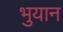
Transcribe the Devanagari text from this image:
भुयान